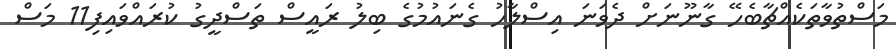
މަސްތުވާތަކެއްޗާބެހޭ ގާނޫނަށް ދެވަނަ އިސްލާހު ގެނައުމުގެ ބިލު ރައީސް ތަސްދީގު ކުރައްވައިފި11 މަސް